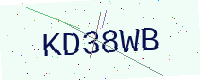
Text: KD38WB